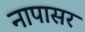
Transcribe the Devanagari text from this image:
नापासर